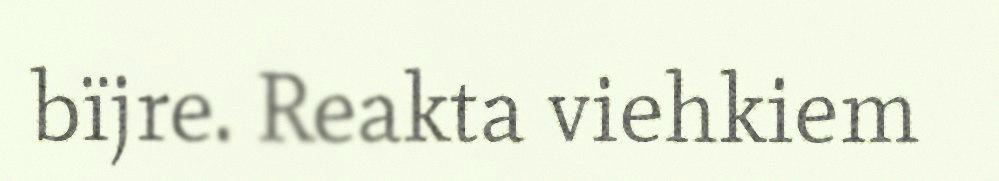
bïjre. Reakta viehkiem